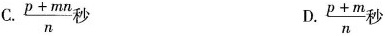
C. $$\frac { p + m n } { n }$$秒 D.$$\frac { p + m } { n }$$秒